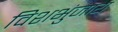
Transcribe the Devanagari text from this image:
विशभुंजाय